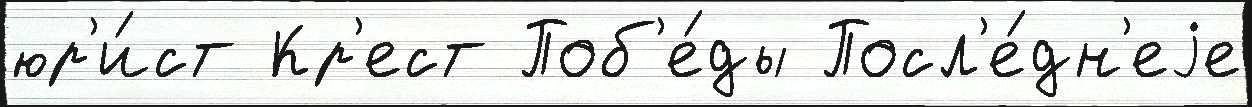
юр'и́ст Кр'ест Поб'е́ды Посл'е́дн'еjе